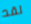
لقد